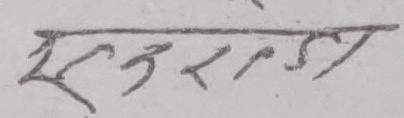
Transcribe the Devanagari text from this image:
स्तरल